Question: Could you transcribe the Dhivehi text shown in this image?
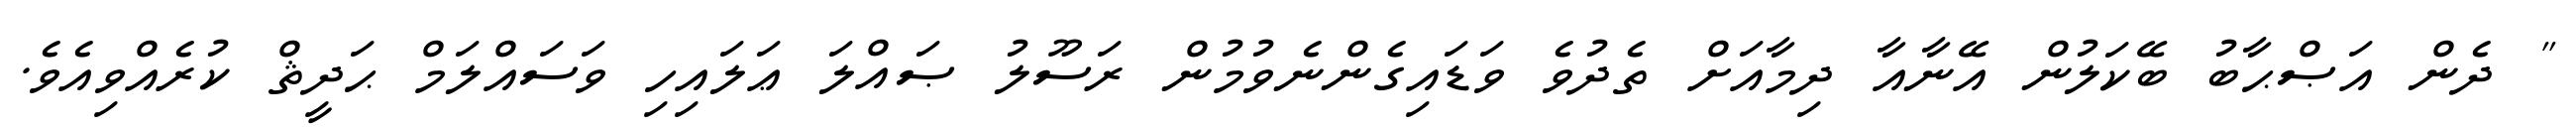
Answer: " ދެން އަޞްޙާބު ބޭކަލުން އޭނާއާ ދިމާއަށް ތެދުވެ ވަޑައިގެންނެވުމުން ރަސޫލު ޞައްލަ ޢަލައިހި ވަސައްލަމް ޙަދީޘް ކުރެއްވިއެވެ.